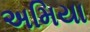
અમિયા